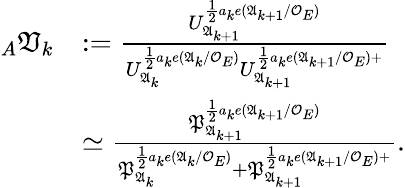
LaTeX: \begin{array}{rl}{_{A}\mathfrak{V}_{k}}&{:=\frac{U_{\mathfrak{A}_{k+1}}^{\frac{1}{2}a_{k}e(\mathfrak{A}_{k+1}/\mathcal{O}_{E})}}{U_{\mathfrak{A}_{k}}^{\frac{1}{2}a_{k}e(\mathfrak{A}_{k}/\mathcal{O}_{E})}U_{\mathfrak{A}_{k+1}}^{\frac{1}{2}a_{k}e(\mathfrak{A}_{k+1}/\mathcal{O}_{E})+}}}\\ &{\simeq\frac{\mathfrak{P}_{\mathfrak{A}_{k+1}}^{\frac{1}{2}a_{k}e(\mathfrak{A}_{k+1}/\mathcal{O}_{E})}}{\mathfrak{P}_{\mathfrak{A}_{k}}^{\frac{1}{2}a_{k}e(\mathfrak{A}_{k}/\mathcal{O}_{E})}+\mathfrak{P}_{\mathfrak{A}_{k+1}}^{\frac{1}{2}a_{k}e(\mathfrak{A}_{k+1}/\mathcal{O}_{E})+}}.}\end{array}